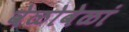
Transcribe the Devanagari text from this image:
वेळोवेळां